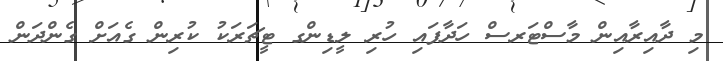
މި ދާއިރާއިން މާސްޓަރސް ހަދާފައި ހުރި ލީޑިންގ ޓީޗަރަކު ކުރިން ގެއަށް ގެންދަން